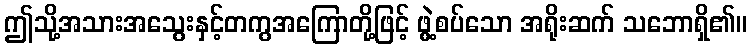
ဤသို့အသားအသွေးနှင့်တကွအကြောတို့ဖြင့် ဖွဲ့စပ်သော အရိုးဆက် သဘောရှိ၏။